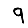
Digit: 9